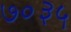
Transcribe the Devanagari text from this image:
७०३५